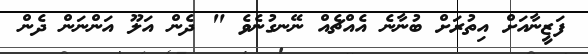
ފަޒީނާއަށް އިތުރަށް ބުނާނެ އެއްޗެއް ނޭނގުނެވެ " ދެން އަލޫ އަންނަން ދެން